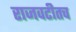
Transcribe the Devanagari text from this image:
राजवटीतच